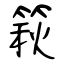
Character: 篍